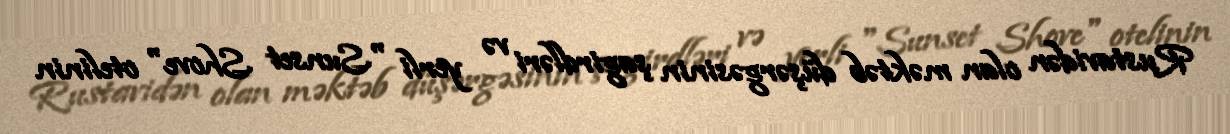
Rustavidən olan məktəb düşərgəsinin şagirdləri və yerli "Sunset Shove" otelinin